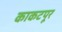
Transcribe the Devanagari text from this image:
काकटपूर